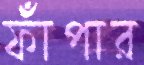
ফাঁপার